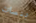
بنسات